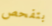
بتفحص